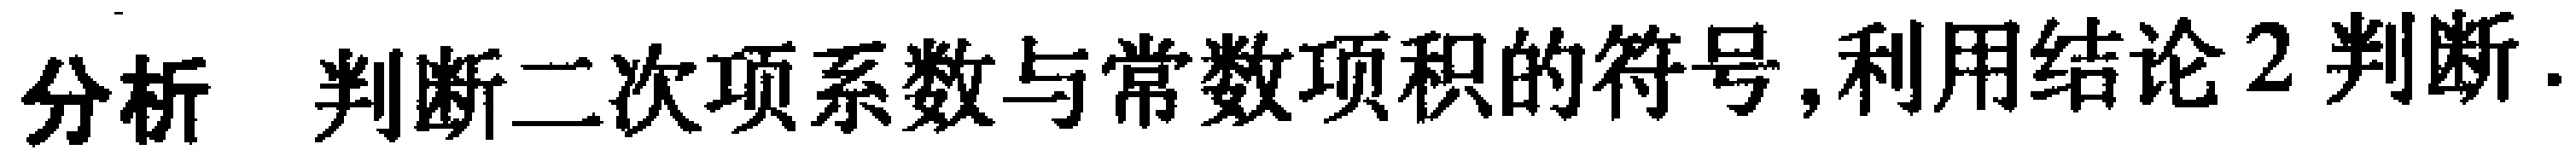
分析，判断二次项系数与常数项积的符号,利用结论2判断.